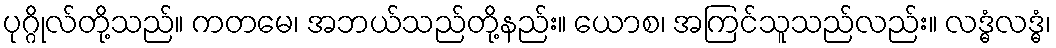
ပုဂ္ဂိုလ်တို့သည်။ ကတမေ၊ အဘယ်သည်တို့နည်း။ ယောစ၊ အကြင်သူသည်လည်း။ လဒ္ဓံလဒ္ဓံ၊